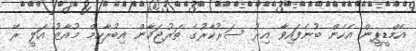
އެމްޑީޕީން އެހެން ބުނެފައިވާ އިރު ސަރުކާރުގެ ތަރުޖަމާން އިބުރާހިމް މުއާޒު އަލީ ރޭ